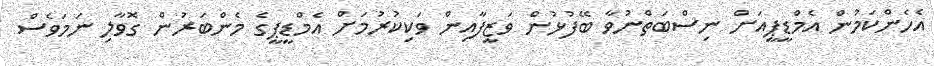
އެހެންކަމުން އެމްޑީޕީއަށް ނިސްބަތްނުވާ ބޭފުޅުން ވަޒީފާއިން ވަކިކުރުމަށް އެމްޑީޕީގެ މެންބަރުން ގޮވާލި ނަމަވެސް